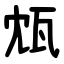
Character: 瓭